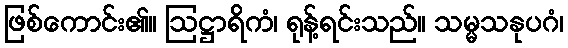
ဖြစ်ကောင်း၏။ ဩဋ္ဌာရိကံ၊ ရုန့်ရင်းသည်။ သမ္မသနုပဂံ၊